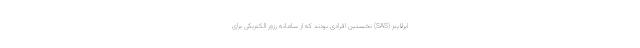
ایرلاینز (SAS) نخستین افرادی بودند که از سامانه رزور الکتریکی برای